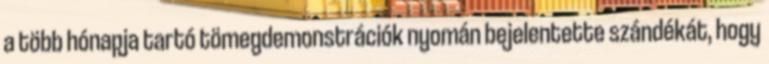
a több hónapja tartó tömegdemonstrációk nyomán bejelentette szándékát, hogy